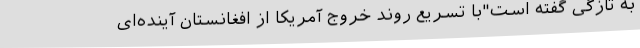
به تازگی گفته است"با تسریع روند خروج آمریکا از افغانستان آینده‌ای